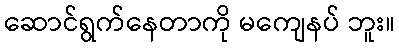
ဆောင်ရွက်နေတာကို မကျေနပ် ဘူး။